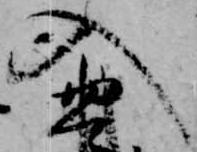
入